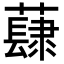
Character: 𧀳